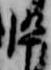
忰